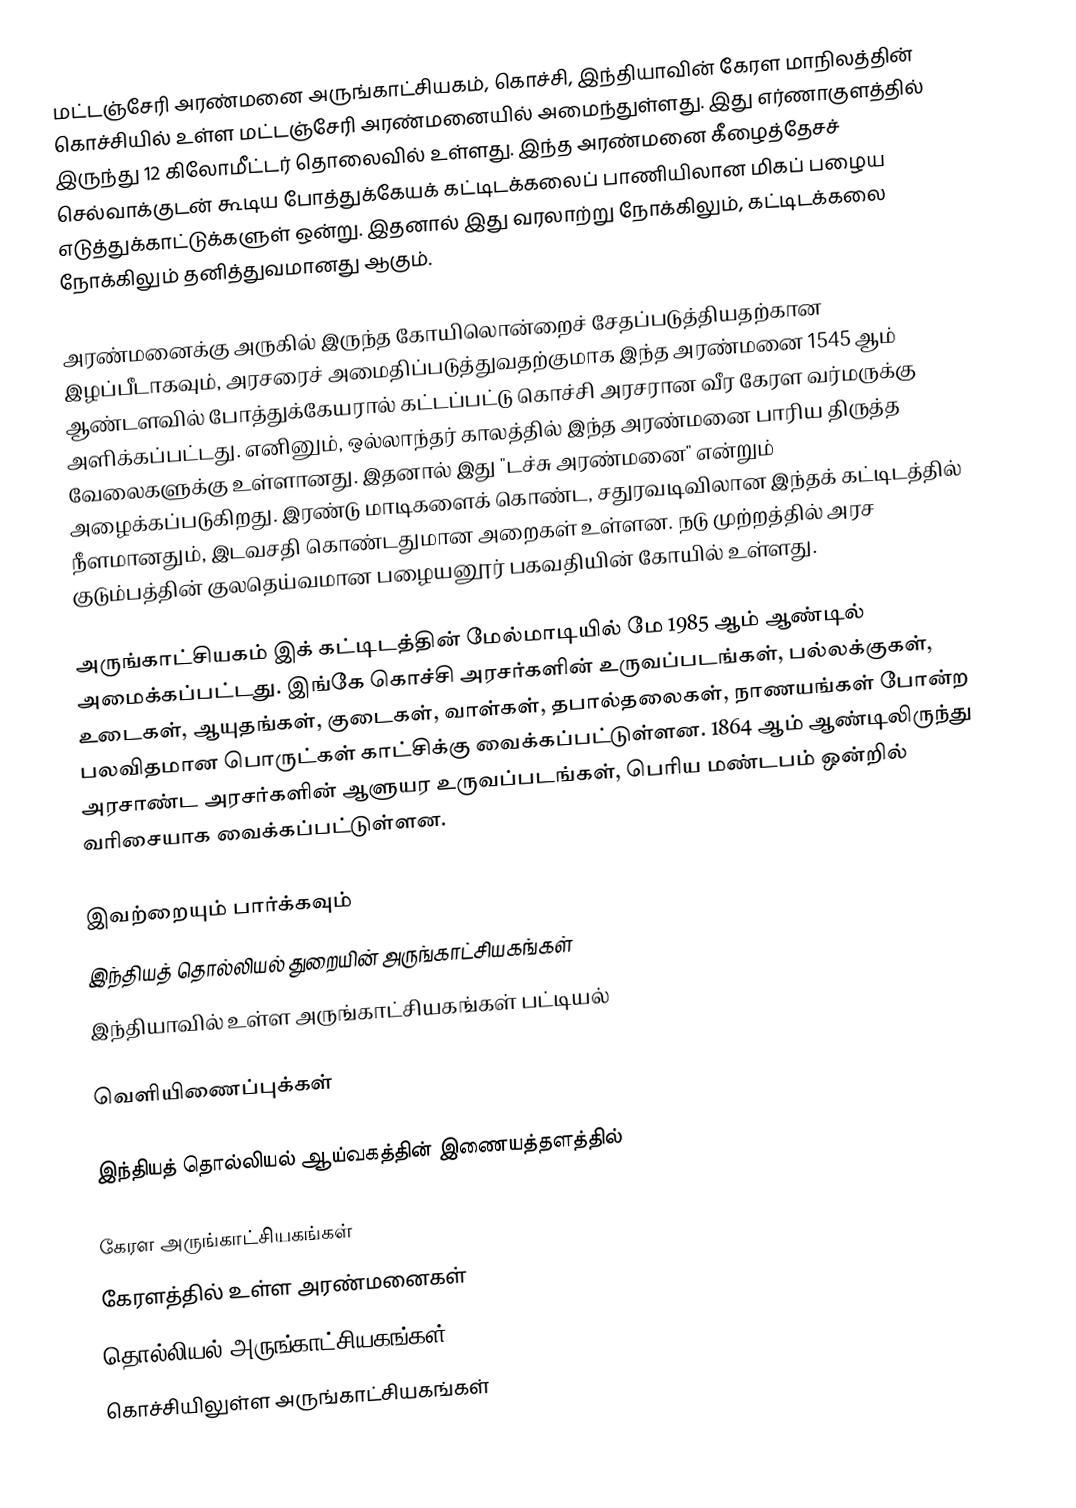
மட்டஞ்சேரி அரண்மனை அருங்காட்சியகம், கொச்சி, இந்தியாவின் கேரள மாநிலத்தின் கொச்சியில் உள்ள மட்டஞ்சேரி அரண்மனையில் அமைந்துள்ளது. இது எர்ணாகுளத்தில் இருந்து 12 கிலோமீட்டர் தொலைவில் உள்ளது. இந்த அரண்மனை கீழைத்தேசச் செல்வாக்குடன் கூடிய போத்துக்கேயக் கட்டிடக்கலைப் பாணியிலான மிகப் பழைய எடுத்துக்காட்டுக்களுள் ஒன்று. இதனால் இது வரலாற்று நோக்கிலும், கட்டிடக்கலை நோக்கிலும் தனித்துவமானது ஆகும்.

அரண்மனைக்கு அருகில் இருந்த கோயிலொன்றைச் சேதப்படுத்தியதற்கான இழப்பீடாகவும், அரசரைச் அமைதிப்படுத்துவதற்குமாக இந்த அரண்மனை 1545 ஆம் ஆண்டளவில் போத்துக்கேயரால் கட்டப்பட்டு கொச்சி அரசரான வீர கேரள வர்மருக்கு அளிக்கப்பட்டது. எனினும், ஒல்லாந்தர் காலத்தில் இந்த அரண்மனை பாரிய திருத்த வேலைகளுக்கு உள்ளானது. இதனால் இது "டச்சு அரண்மனை" என்றும் அழைக்கப்படுகிறது. இரண்டு மாடிகளைக் கொண்ட, சதுரவடிவிலான இந்தக் கட்டிடத்தில் நீளமானதும், இடவசதி கொண்டதுமான அறைகள் உள்ளன. நடு முற்றத்தில் அரச குடும்பத்தின் குலதெய்வமான பழையனூர் பகவதியின் கோயில் உள்ளது.

அருங்காட்சியகம் இக் கட்டிடத்தின் மேல்மாடியில் மே 1985 ஆம் ஆண்டில் அமைக்கப்பட்டது. இங்கே கொச்சி அரசர்களின் உருவப்படங்கள், பல்லக்குகள், உடைகள், ஆயுதங்கள், குடைகள், வாள்கள், தபால்தலைகள், நாணயங்கள் போன்ற பலவிதமான பொருட்கள் காட்சிக்கு வைக்கப்பட்டுள்ளன. 1864 ஆம் ஆண்டிலிருந்து அரசாண்ட அரசர்களின் ஆளுயர உருவப்படங்கள், பெரிய மண்டபம் ஒன்றில் வரிசையாக வைக்கப்பட்டுள்ளன.

இவற்றையும் பார்க்கவும்
 இந்தியத் தொல்லியல் துறையின் அருங்காட்சியகங்கள்
 இந்தியாவில் உள்ள அருங்காட்சியகங்கள் பட்டியல்

வெளியிணைப்புக்கள்

 இந்தியத் தொல்லியல் ஆய்வகத்தின் இணையத்தளத்தில்

கேரள அருங்காட்சியகங்கள்
கேரளத்தில் உள்ள அரண்மனைகள்
தொல்லியல் அருங்காட்சியகங்கள்
கொச்சியிலுள்ள அருங்காட்சியகங்கள்